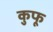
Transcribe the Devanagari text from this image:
कुफू